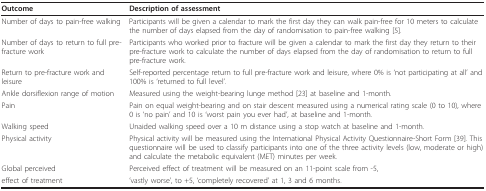
| Outcome | Description of assessment |
 | --- | --- |
 | Number of days to pain-free walking | Participants will be given a calendar to mark the first day they can walk pain-free for 10 meters to calculate the number of days elapsed from the day of randomisation to pain-free walking [5]. |
 | Number of days to return to full pre- fracture work | Participants who worked prior to fracture will be given a calendar to mark the first day they return to their pre-fracture work to calculate the number of days elapsed from the day of randomisation to return to full pre-fracture work. |
 | Return to pre-fracture work and leisure | Self-reported percentage return to full pre-fracture work and leisure, where 0% is 'not participating at all' and 100% is 'returned to full level'. |
 | Ankle dorsiflexion range of motion | Measured using the weight-bearing lunge method [23] at baseline and 1-month. |
 | Pain | Pain on equal weight-bearing and on stair descent measured using a numerical rating scale (0 to 10), where 0 is 'no pain' and 10 is 'worst pain you ever had', at baseline and 1-month. |
 | Walking speed | Unaided walking speed over a 10 m distance using a stop watch at baseline and 1-month. |
 | Physical activity | Physical activity will be measured using the International Physical Activity Questionnaire-Short Form [39]. This questionnaire will be used to classify participants into one of the three activity levels (low, moderate or high) and calculate the metabolic equivalent (MET) minutes per week. |
 | Global perceived | Perceived effect of treatment will be measured on an 11-point scale from -5, |
 | effect of treatment | 'vastly worse', to +5, 'completely recovered' at 1, 3 and 6 months. |